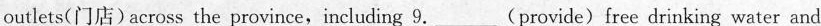
outlets(门店)across the province,including 9.___(provide)free drinking water and